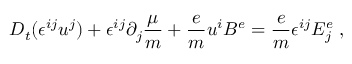
D _ { t } ( \epsilon ^ { i j } u ^ { j } ) + \epsilon ^ { i j } \partial _ { j } \frac { \mu } { m } + \frac { e } { m } u ^ { i } B ^ { e } = \frac { e } { m } \epsilon ^ { i j } E _ { j } ^ { e } \; ,